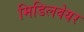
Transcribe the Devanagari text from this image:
मिडिलवेयर